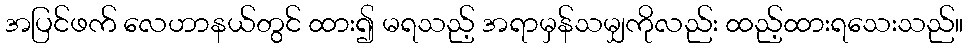
အပြင်ဖက် လေဟာနယ်တွင် ထား၍ မရသည့် အရာမှန်သမျှကိုလည်း ထည့်ထားရသေးသည်။